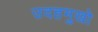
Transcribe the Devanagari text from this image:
उदहमुखो